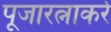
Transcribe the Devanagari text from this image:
पूजारत्नाकरे